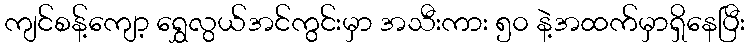
ကျင်စန့်ကျော့ ရွှေလွယ်အင်ကွင်းမှာ အသီးကား ၅၀ နဲ့အထက်မှာရှိနေပြီး